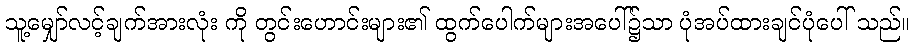
သူ့မျှော်လင့်ချက်အားလုံး ကို တွင်းဟောင်းများ၏ ထွက်ပေါက်များအပေါ်၌သာ ပုံအပ်ထားချင်ပုံပေါ် သည်။